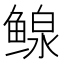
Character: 鳈